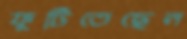
ফুটিতেছেন